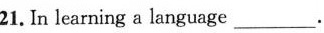
21. In learning a language_________.